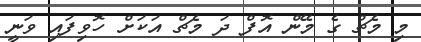
މި މެޗް ގެ މޭން އޮފް ދަ މެޗް އަކަށް ހޮވިފައި ވަނީ